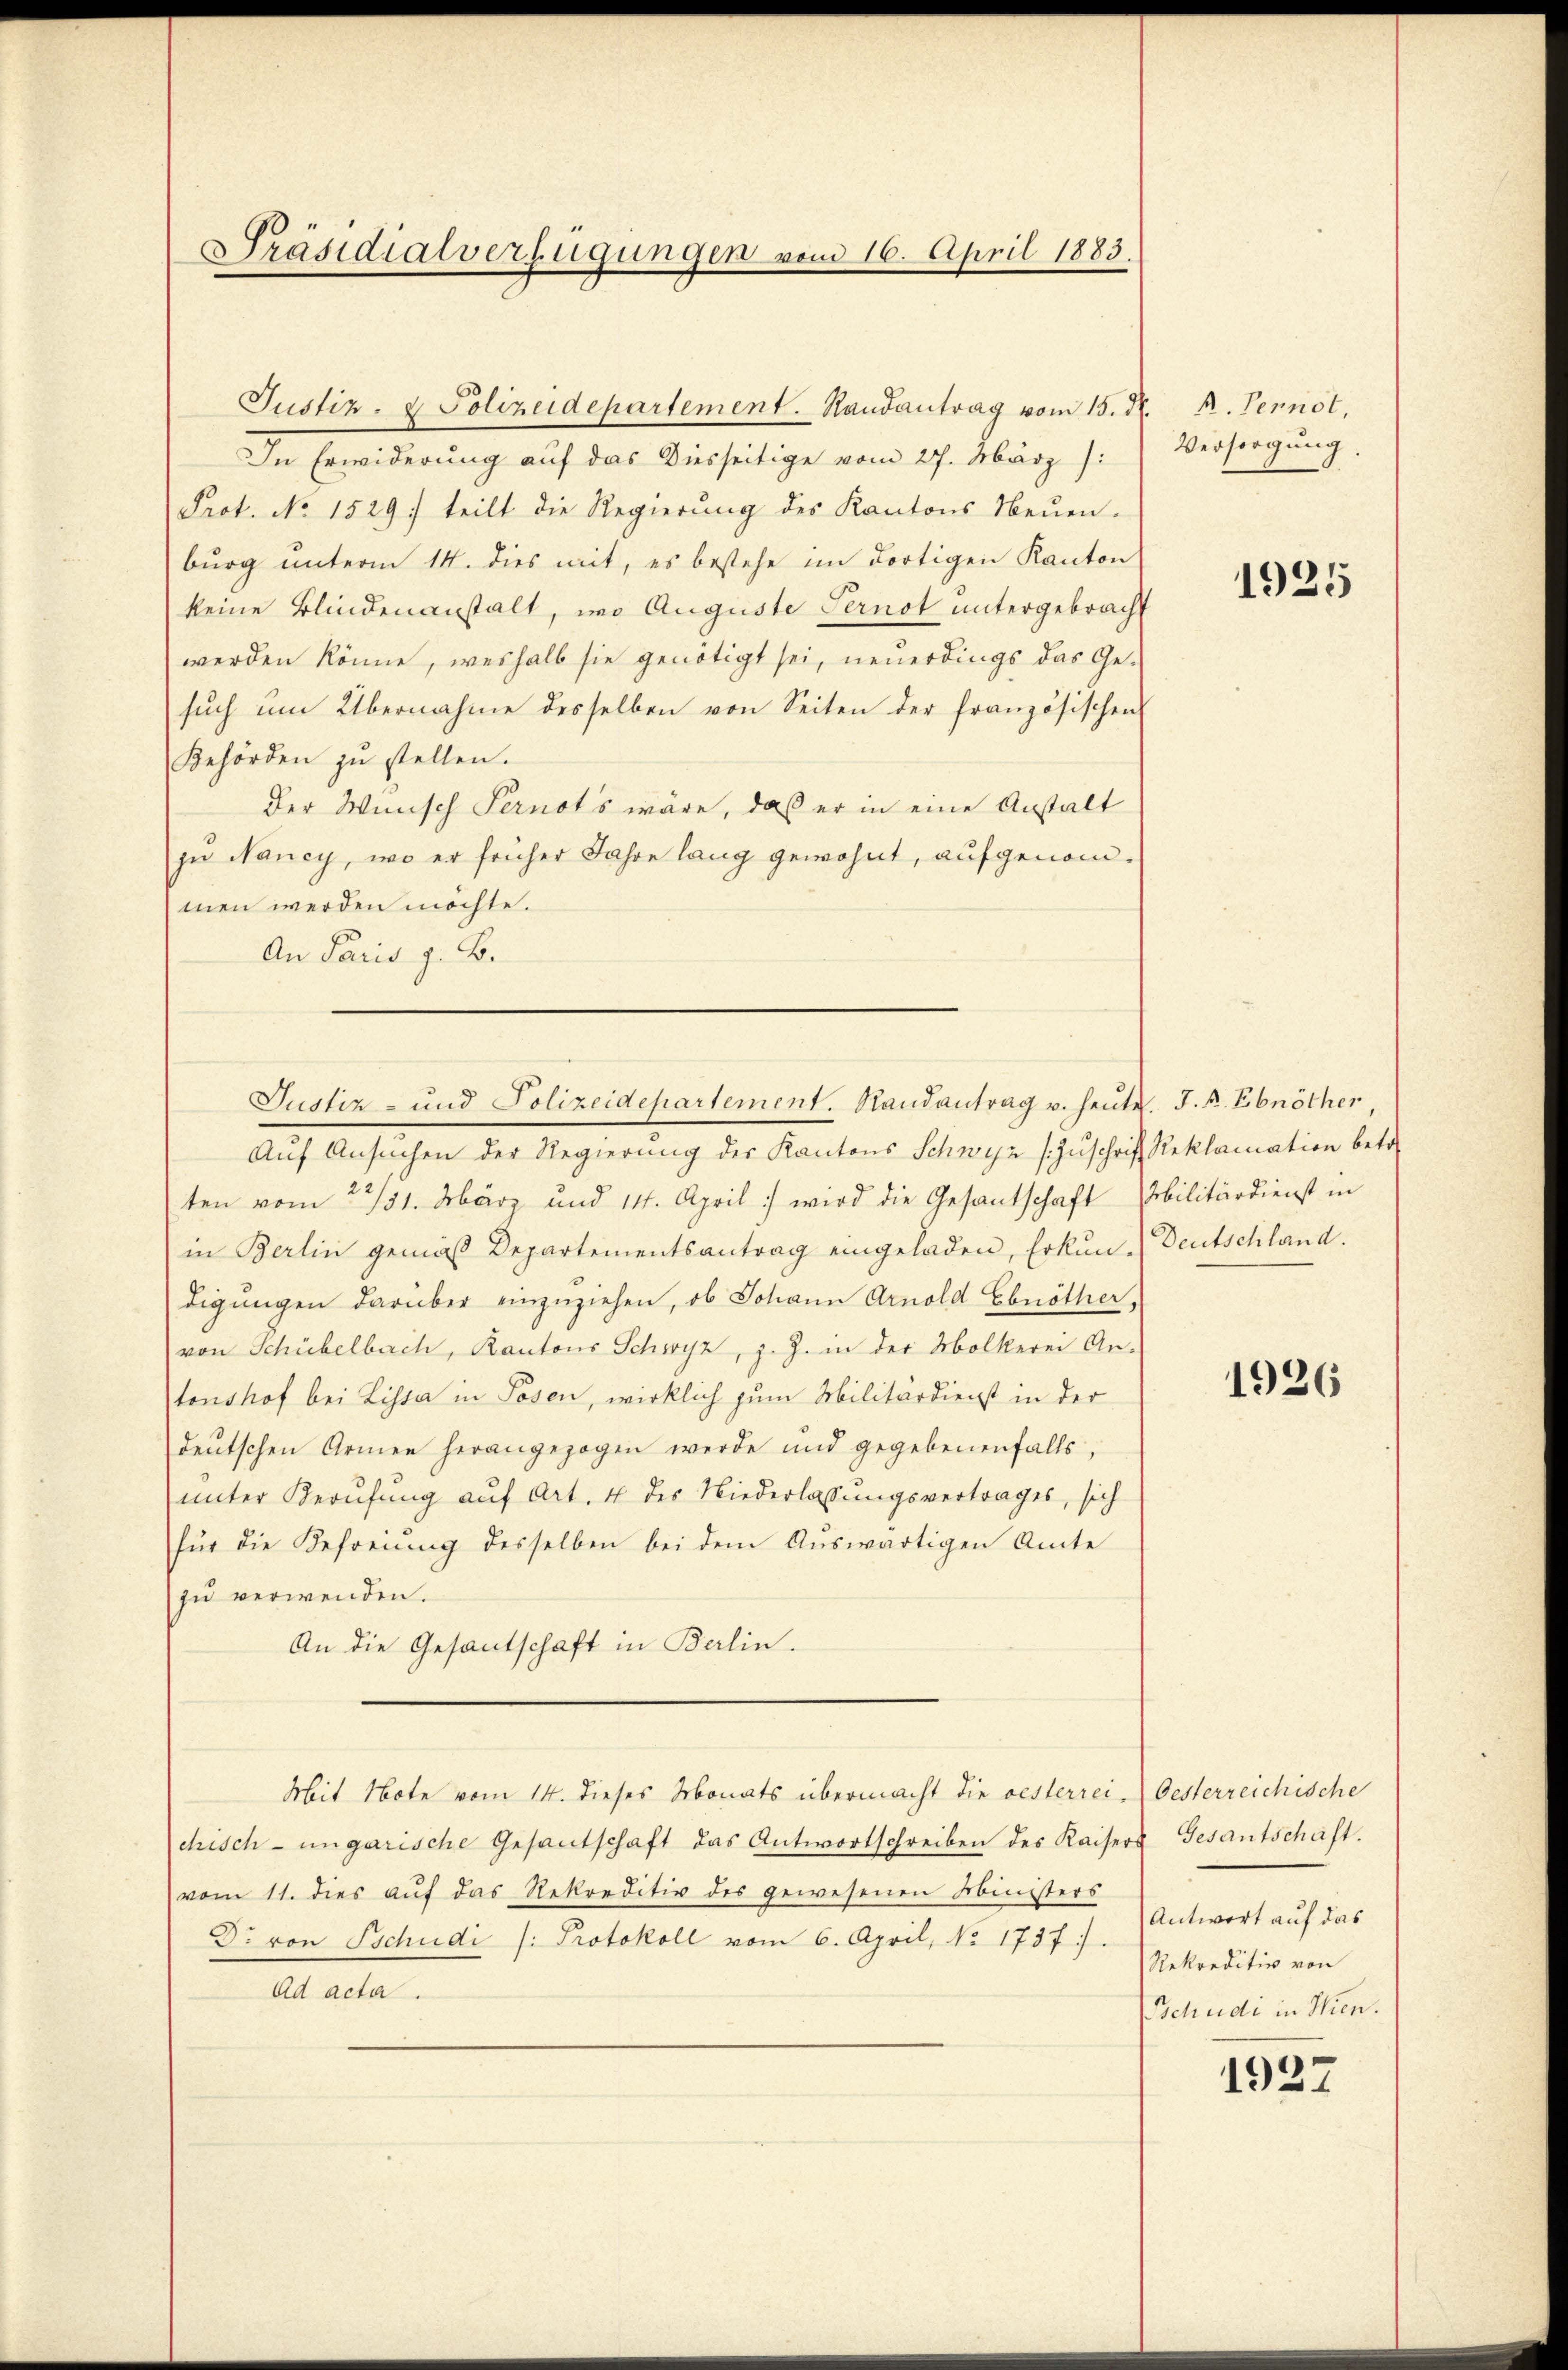
Präsidialverfügungen vom 16. April 1883.

Justiz- & Polizeidepartement. Handantrag vom 15. d. M. Pernot,

Justiz- und Polizeidepartement. Randantrag u. heute. J. R. Ebnöther

In Erwiderung auf das Diesseitige vom 27. März):
Prot. No 1529) teilt die Regierŭng des Kantons Neŭen.
burg unterm 14. dies mit, es bestehe im dortigen Kanton
keine Blindenanstalt, wo Auguste Pernot untergebracht
werden könne, weshalb sie genötigt sei, neuerdings das Ge-
sŭch ŭm Übernahme desselben von Seiten der französischen
Behörden zŭ stellen.
Der Wunsch Pernots wäre, daß er in eine Anstalt
zu Nancy, wo er früher Jahre lang gewohnt, aufgenommen werden möchte.
An Paris z. B.
Aŭf Ansŭchen der Regierung des Kantons Schwyz (Zŭschrift Reklamation betr.
ten vom 23/31. März und 14. April wird die Gesantschaft bilitärdienst in
in Berlin gemäβ Departementsantrag eingeladen, Erkŭn-Deutschland.
digŭngen darüber einzuziehen, ob Johann Arnold Ebnöther,
von Schübelbach, Kantons Schwyz, z. Z. in der Mölkerei An-
tonshof bei Lista in Posen, wirklich zum Militärdienst in der
deŭtschen Armen herangezogen werde und gegebenenfalls,
unter Berufung auf Art. 4 des Niederlassungsvertrages, sich
für die Befreiung desselben bei dem Auswärtigen Amte
zu verwenden.
An die Gesandschaft in Berlin.
Mit Note vom 14. dieses Monats übermacht die oesterrei. Oesterreichische
chisch-ungarische Gesantschaft das Antwortschreiben des Kaisers Gesantschaft.
vom 11. dies auf das Rekreditiv des gewesenen Ministers
Dr. von Tschudi /: Protokoll vom 6. April, No. 1737).
Ad acta.

Versorgung.

1925

1926

Antwort auf das
Rekreditiv von
(Schudi in Wien.

1927